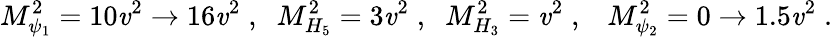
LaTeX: M_{\psi_{1}}^{2}=10\mathit{v}^{2}\to16\mathit{v}^{2}\; ,\; \; M_{H_{5}}^{2}=3\mathit{v}^{2}\; ,\; \; M_{H_{3}}^{2}=\mathit{v}^{2}\; ,\; \; \; M_{\psi_{2}}^{2}=0\to1.5\mathit{v}^{2}\; .